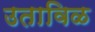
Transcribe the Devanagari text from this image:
उताविळ